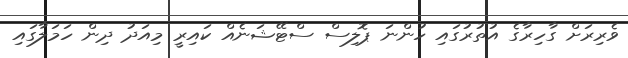
ވެރިރަށް ގާހިރާގެ އުތުރުގައި ހުންނަ ޕޮލިސް ސްޓޭޝަނެއް ކައިރީ މިއަދު ދިން ހަމަލާގައި